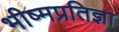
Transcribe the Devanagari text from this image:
भीष्मप्रतिज्ञा